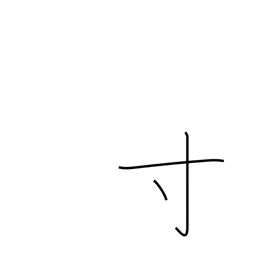
Meaning: a little